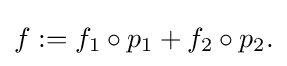
{\textstyle f:=f_{1}\circ p_{1}+f_{2}\circ p_{2}.}